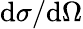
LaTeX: \mathrm{d}\sigma/\mathrm{d}\Omega